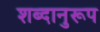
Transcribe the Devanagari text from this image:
शब्दानुरूप